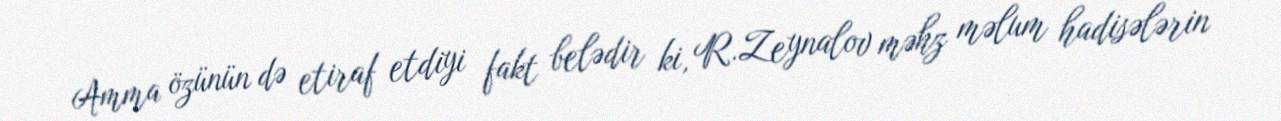
Amma özünün də etiraf etdiyi fakt belədir ki, R.Zeynalov məhz məlum hadisələrin